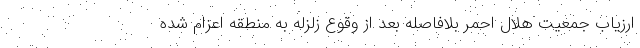
ارزیاب جمعیت هلال احمر بلافاصله بعد از وقوع زلزله به منطقه اعزام شده